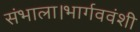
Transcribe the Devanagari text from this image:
संभाला।भार्गववंशी